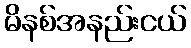
မိနစ်အနည်းငယ်